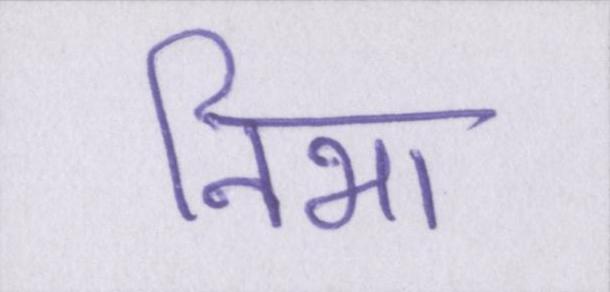
निभा